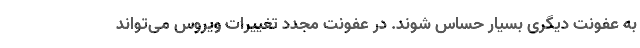
به عفونت دیگری بسیار حساس شوند. در عفونت مجدد تغییرات ویروس می‌تواند